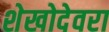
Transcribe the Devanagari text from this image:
शेखोदेवरा